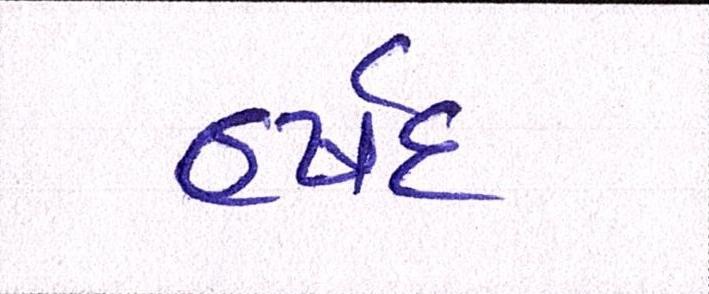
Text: હર્ષદ